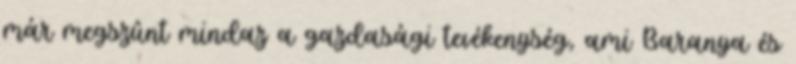
már megszûnt mindaz a gazdasági tevékenység, ami Baranya és